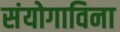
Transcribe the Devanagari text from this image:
संयोगाविना